Annual report on the health of the army in India
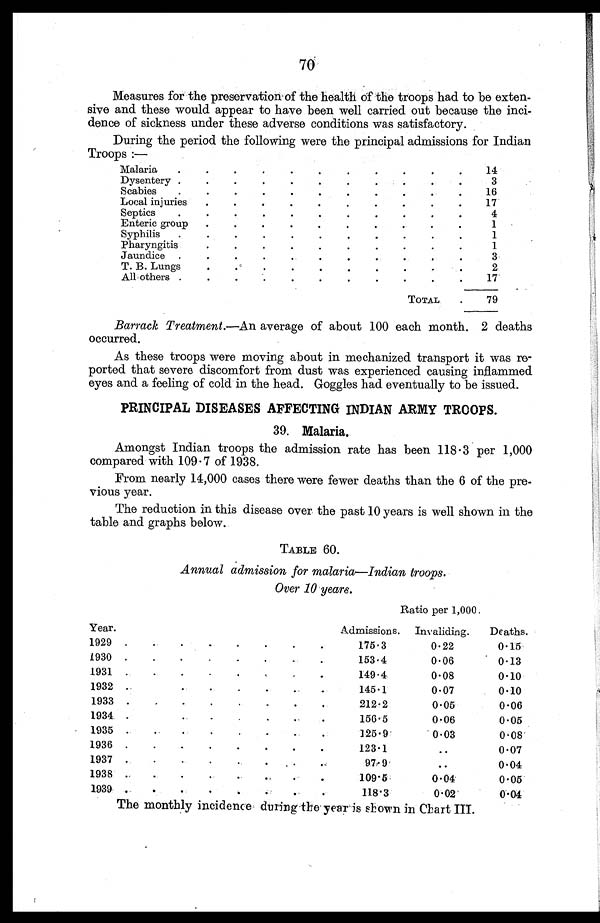
70
Measures for the preservation of the health of the troops had to be exten
sive and these would appear to have been well carried out because the inci-
dence of sickness under these adverse conditions was satisfactory.
During the period the following were the principal admissions for Indian
Troops :—
Malaria
.
.
.
.
.
.
.
.
.
.
.
14
Dysentery .
.
.
.
.
.
.
.
.
.
.
3
Scabies
.
.
.
.
.
.
.
.
.
.
.
16
Local injuries
.
.
.
.
.
.
.
.
.
.
17
Septics
.
.
.
.
.
.
.
.
.
.
.
4
Enteric group
.
.
.
.
.
.
.
.
.
.
1
Syphilis
.
.
.
.
.
.
.
.
.
.
.
1
Pharyngitis
.
.
.
.
.
.
.
.
.
.
1
Jaundice .
.
.
.
.
•
•
•
.
.
.
3
T. B. Lungs
.
.
.
.
.
.
.
.
.
.
2
All others .
.
.
.
.
.
.
.
.
.
.
17
TOTAL
.
79
Barrack Treatment.— An average of about 100 each month. 2 deaths
occurred.
As these troops were moving about in mechanized transport it was re
ported that severe discomfort from dust was experienced causing inflammed
eyes and a feeling of cold in the head. Goggles had eventually to be issued.
PRINCIPAL DISEASES AFFECTING INDIAN ARMY TROOPS.
39. Malaria.
Amongst Indian troops the admission rate has been 118.3 per 1,000
compared with 109.7 of 1938.
From nearly 14,000 cases there were fewer deaths than the 6 of the pre
vious year.
The reduction in this disease over the past 10 years is well shown in the
table and graphs below.
TABLE 60.
Annual admission for malaria—Indian troops.
Over 10 years.
Ratio per 1,000.
Year.
Admissions.
Invaliding.
Deaths.
1929 .
. .
.
.
.
.
.
175.3
0.22
0.15
1930 .
.
.
.
.
.
•
.
153.4
0.06
0.13
1931
.
.
.
.
•
.
.
.
149.4
0.08
0.10
1932
.
.
.
.
•
.
..
145.1
0.07
0.10
1933 .
.
.
.
.
•
•
.
212.2
0.05
0.06
1934
.
.
.
.
•
.
.
156.5
0.06
0.05
1935
.
.
.
.
.
.
.
.
125.9
0.03
0.08
1936 .
.
.
.
.
.
.
.
123.1
..
0.07
1937
•
•
• ,
97.9
..
0.04
1938
. .
•
.
.
.
.
.
109.5
0.04
0.05
1939
. •
.
.
•
.
. •
•
118.3
0.02
0.04
The monthly incidence during the year is shown in Chart III.